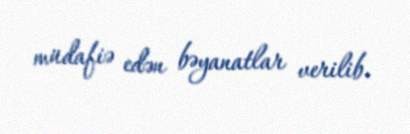
müdafiə edən bəyanatlar verilib.